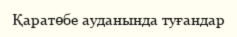
Қаратөбе ауданында туғандар